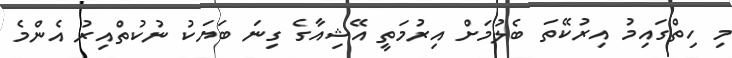
މި ހިތްގައިމު އިރުކޭތަ ބެލުމަށް އިރުމަތީ އޭޝިއާގެ ގިނަ ބަޔަކު ނުކުތްއިރު އެންމެ